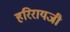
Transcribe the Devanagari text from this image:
हरिरायजी